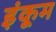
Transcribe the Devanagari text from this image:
इंकूम